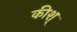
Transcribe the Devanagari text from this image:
कीश्